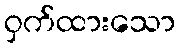
ဝှက်ထားသော